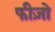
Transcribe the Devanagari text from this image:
फीज़ो